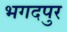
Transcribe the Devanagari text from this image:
भगदपुर